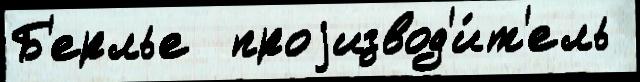
Б'ерлье  проjизвод'и́т'ель